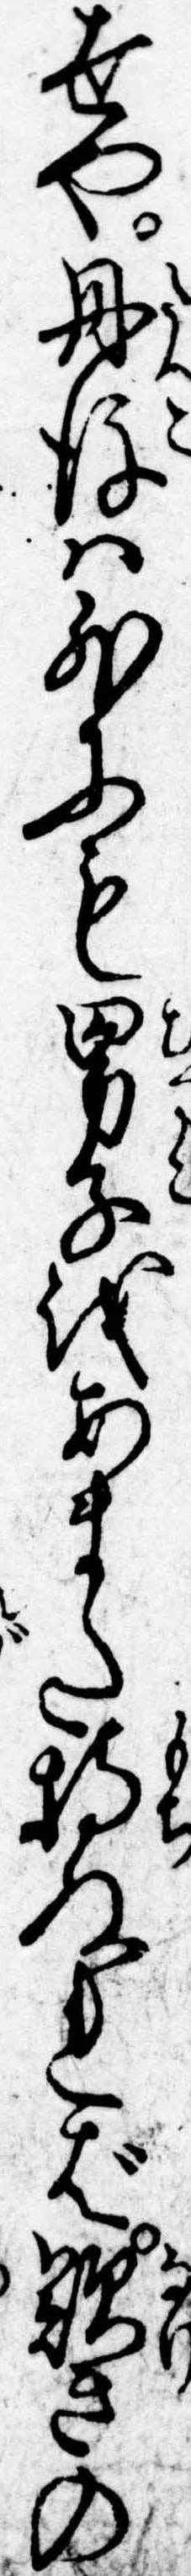
世や丹後は外にも男子をあまた持ぬれば歎きの